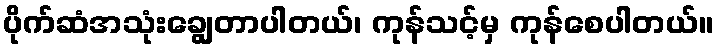
ပိုက်ဆံအသုံးချွေတာပါတယ်၊ ကုန်သင့်မှ ကုန်စေပါတယ်။